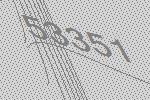
53351